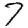
Digit: 7